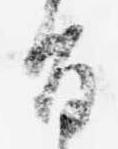
旨